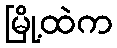
မြို့ထဲက